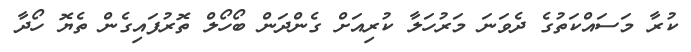
ކުރާ މަސައްކަތުގެ ދެވަނަ މަރުހަލާ ކުރިއަށް ގެންދަން ބޯހޯލް ތޮރުފައިގެން ތެޔޮ ހޯދާ